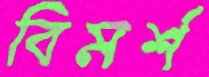
বিমর্শ